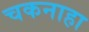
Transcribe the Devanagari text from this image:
चकनाहा